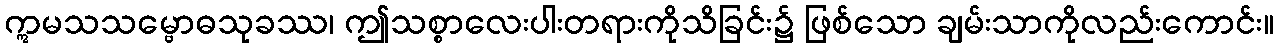
ဣမသသမ္ဗောဓသုခဿ၊ ဤသစ္စာလေးပါးတရားကိုသိခြင်း၌ ဖြစ်သော ချမ်းသာကိုလည်းကောင်း။